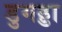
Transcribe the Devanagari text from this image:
डुगड्डा